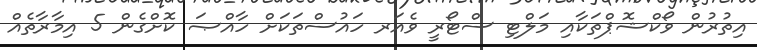
އިތުރުން ވޯކްޝޮޕްތަކާއި މަލްޓި ސްޓޯރީ ވެއަރ ހައުސްތަކަށް ހާއްޞަ ކޮށްގެން 5 އިމާރާތެއް